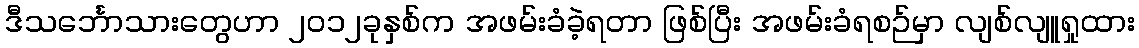
ဒီသင်္ဘောသားတွေဟာ ၂၀၁၂ခုနှစ်က အဖမ်းခံခဲ့ရတာ ဖြစ်ပြီး အဖမ်းခံရစဉ်မှာ လျစ်လျူရှုထား